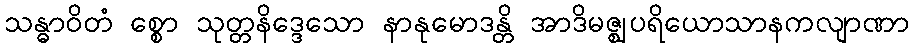
သန္ဓာဝိတံ စ္စော သုတ္တနိဒ္ဒေသော နာနုမောဒန္တိ အာဒိမဇ္ဈပရိယောသာနကလျာဏာ